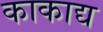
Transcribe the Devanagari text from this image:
काकाद्य